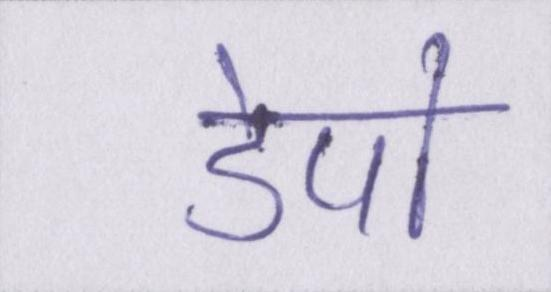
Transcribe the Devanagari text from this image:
डेपो